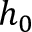
h _ { 0 }